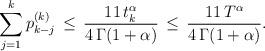
LaTeX: \begin{align*} \sum_{j=1}^{k} p^{(k)}_{k-j} \, \le \, \frac{11 \, t_k^{\alpha}}{4 \, \Gamma{(1+\alpha)}} \, \le \, \frac{11 \, T^{\alpha}}{4 \, \Gamma{(1+\alpha)}}.\end{align*}